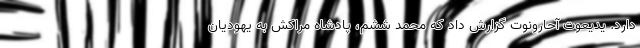
دارد. یدیعوت آحارونوت گزارش داد که محمد ششم، پادشاه مراکش به یهودیان